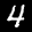
Label: 4